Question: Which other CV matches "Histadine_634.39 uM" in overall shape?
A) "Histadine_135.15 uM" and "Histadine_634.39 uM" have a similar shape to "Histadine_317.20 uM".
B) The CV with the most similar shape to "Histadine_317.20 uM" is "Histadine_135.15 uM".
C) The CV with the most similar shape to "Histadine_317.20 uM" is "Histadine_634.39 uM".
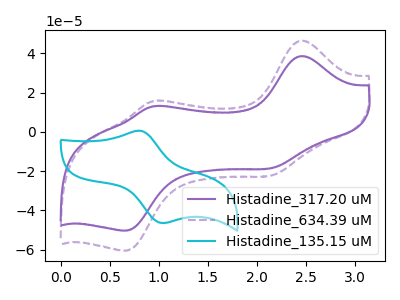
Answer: <think>The purple curve "Histadine_317.20 uM" has anodic peaks at (2.45V, 38.70uA) (0.95V, 13.00uA) and cathodic peaks at (2.15V, -18.50uA) (0.65V, -50.35uA). The purple dashed curve "Histadine_634.39 uM" has anodic peaks at (2.45V, 46.55uA) (0.95V, 15.65uA) and cathodic peaks at (2.15V, -22.25uA) (0.65V, -60.55uA). The cyan curve "Histadine_135.15 uM" has an anodic peak at (0.80V, 0.60uA) and a cathodic peak at (1.05V, -46.40uA).
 All the peaks in "Histadine_317.20 uM" have a peak in "Histadine_634.39 uM" at the same potential. Every peak in "Histadine_317.20 uM" is lower than every peak in "Histadine_634.39 uM". "Histadine_317.20 uM" and "Histadine_135.15 uM" have a different number of peaks. "Histadine_634.39 uM" and "Histadine_135.15 uM" have a different number of peaks.</think>
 <answer>C) The CV with the most similar shape to "Histadine_317.20 uM" is "Histadine_634.39 uM".</answer>
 <eval>C</eval>